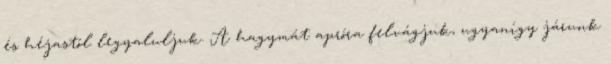
és héjastól legyaluljuk. A hagymát apróra felvágjuk, ugyanígy járunk